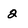
Character: 2